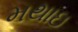
મથાઇ